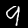
Digit: 9